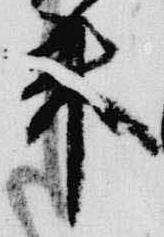
来